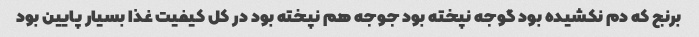
برنج که دم نکشیده بود گوجه نپخته بود جوجه هم نپخته بود در کل کیفیت غذا بسیار پایین بود